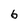
Character: 6